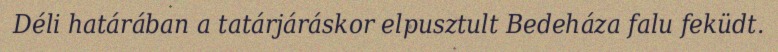
Déli határában a tatárjáráskor elpusztult Bedeháza falu feküdt.